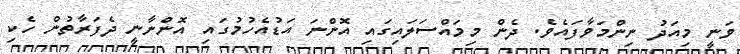
ވަނީ މިއަދު ނިންމަވާފައެވެ. ދެން މިމައްސަލައިގައި އޮންނަ އަޑުއެހުމުގައި އޮންނާނީ ދެފަރާތުން ހެކި